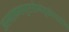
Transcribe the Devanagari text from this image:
अस्माकमायुरारोग्यंसुखंचददतांचिरं